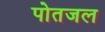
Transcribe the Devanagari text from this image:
पोतजल